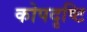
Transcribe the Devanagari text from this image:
कोपदृष्टि